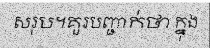
សរុប។គួរបញ្ជាក់ថា ក្នុង